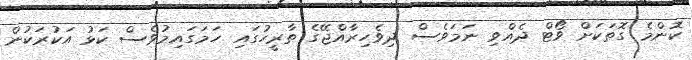
ކޮންމެ ގޮތަކަށް ވޯޓް ދެއްވި ނަމަވެސް ދިވެހިރާއްޖޭގެ ތާރީހުގައި ހަމަގައިމުވެސް ކަޅު އަކުރަކުން